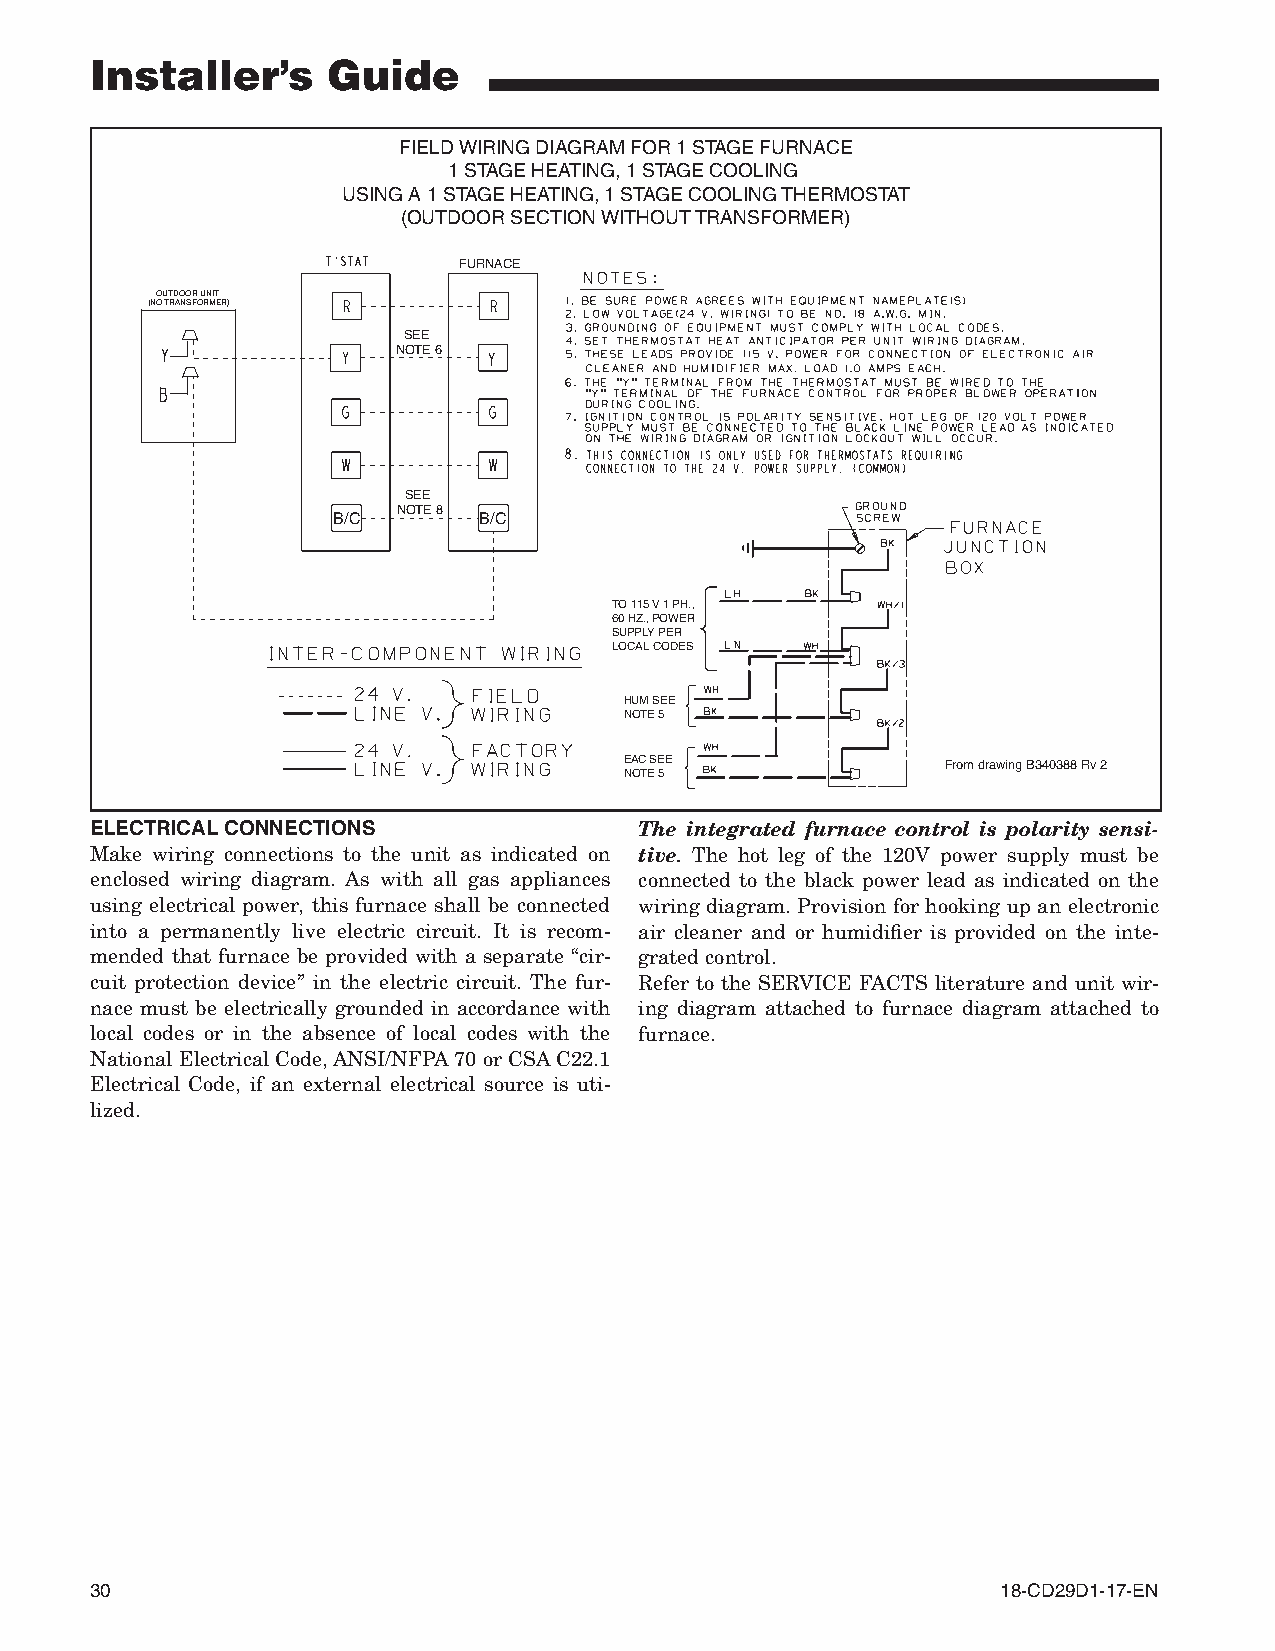
Installer’s     Guide
 FIELD WIRING DIAGRAM FOR 1 STAGE FURNACE
 1 STAGE HEATING, 1 STAGE COOLING
 USING A 1 STAGE HEATING, 1 STAGE COOLING THERMOSTAT
 (OUTDOOR SECTION WITHOUT TRANSFORMER)
 FURNACE
 OUTDOOR UNIT
 (NO TRANSFORMER)
 SEE
 NOTE 6
 SEE
 NOTE 8
 B/C       B/C
 TO 115 V 1 PH.,
 60 HZ., POWER
 SUPPLY PER
 LOCAL CODES
 HUM SEE
 NOTE 5
 EAC SEE               From drawing B340388 Rv 2
 NOTE 5
 ELECTRICAL CONNECTIONS              The integrated furnace control is polarity sensi-
 Make wiring connections to the unit as indicated on tive. The hot leg of the 120V power supply must be
 enclosed wiring diagram. As with all gas appliances connected to the black power lead as indicated on the
 using electrical power, this furnace shall be connected wiring diagram. Provision for hooking up an electronic
 into a permanently live electric circuit. It is recom- air cleaner and or humidifier is provided on the inte-
 mended that furnace be provided with a separate “cir- grated control.
 cuit protection device” in the electric circuit. The fur- Refer to the SERVICE FACTS literature and unit wir-
 nace must be electrically grounded in accordance with ing diagram attached to furnace diagram attached to
 local codes or in the absence of local codes with the furnace.
 National Electrical Code, ANSI/NFPA 70 or CSA C22.1
 Electrical Code, if an external electrical source is uti-
 lized.
 30                                                          18-CD29D1-17-EN